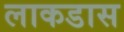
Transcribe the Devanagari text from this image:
लाकडास